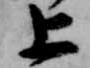
上